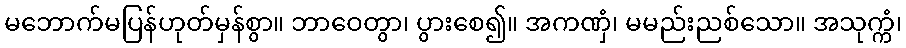
မဘောက်မပြန်ဟုတ်မှန်စွာ။ ဘာဝေတွာ၊ ပွားစေ၍။ အကဏှံ၊ မမည်းညစ်သော။ အသုက္ကံ၊